Indian journal of veterinary science and animal husbandry - Volume 14,
Year: 1944
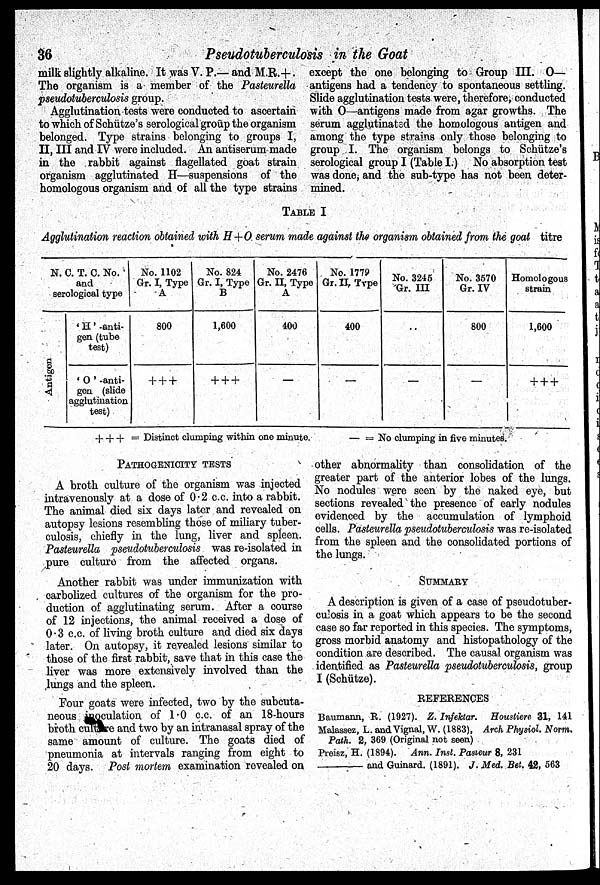
36
Pseudotuberculosis in the Goat
milk slightly alkaline. It was V. P.— and M.R.+.
The organism is a member of the Pasteurella
pseudotuberculosis group.
Agglutination tests were conducted to ascertain
to which of Schütze's serological groūp the organism
belonged. Type strains belonging to groups I,
II, III and IV were included. An antiserum made
in the rabbit against flagellated goat strain
organism agglutinated H—suspensions of the
homologous organism and of all the type strains
except the one belonging to Group III. O—
antigens had a tendency to spontaneous settling.
Slide agglutination tests were, therefore, conducted
with O—antigens made from agar growths. The
serum agglutinated the homologous antigen and
among the type strains only those belonging to
group I. The organism belongs to Schütze's
serological group I (Table I.) No absorption test
was done, and the sub-type has not been deter
mined.
TABLE I
Agglutination reaction obtained with H+O serum made against the organism obtained from the goat titre
N. C. T. C. No.
and
serological type
Antigen
' H ' anti
gen (tube
test)
' O ' -anti
gen (slide
agglutination
test)
No. 1102
Gr. I, Type
A
800
+ + +
No. 824
Gr. I, Type
B
1,600
+ + +
No. 2476
Gr. II, Type
A
400
—
No. 1779
Gr. II. Type
400
—
No. 3245
Gr. III
..
—
No. 3570
Gr. IV
800
—
Homologous
strain
1,600
+ + +
+ + + = Distinct clumping within one minute.
— = No clumping in five minutes.
PATHOGENICITY TESTS
A broth culture of the organism was injected
intravenously at a dose of 0.2 c.c. into a rabbit.
The animal died six days later and revealed on
autopsy lesions resembling those of miliary tuber
culosis, chiefly in the lung, liver and spleen.
Pasteurella pseudotuberculosis was re-isolated in
pure culture from the affected organs.
Another rabbit was under immunization with
carbolized cultures of the organism for the pro
duction of agglutinating serum. After a course
of 12 injections, the animal received a dose of
0.3 c.c. of living broth culture and died six days
later. On autopsy, it revealed lesions similar to
those of the first rabbit, save that in this case the
liver was more extensively involved than the
lungs and the spleen.
Four goats were infected, two by the subcuta
neous inoculation of 1.0 c.c. of an 18-hours
broth culture and two by an intranasal spray of the
same amount of culture. The goats died of
pneumonia at intervals ranging from eight to
20 days. Post mortem examination revealed on
other abnormality than consolidation of the
greater part of the anterior lobes of the lungs.
No nodules were seen by the naked eye, but
sections revealed the presence of early nodules
evidenced by the accumulation of lymphoid
cells. Pasteurella pseudotuberculosis was re-isolated
from the spleen and the consolidated portions of
the lungs.
SUMMARY
A description is given of a case of pseudotuber
culosis in a goat which appears to be the second
case so far reported in this species. The symptoms,
gross morbid anatomy and histopathology of the
condition are described. The causal organism was
identified as Pasteurella pseudotuberculosis, group
I (Schütze).
REFERENCES
Baumann, R. (1927). Z. Infektar. Houstiere 31, 141
Malassez, L. and Vignal, W. (1883), Arch Physiol. Norm.
Path. 2, 369 (Original not seen)
Preisz, H. (1894). Ann. Inst. Pasieur 8, 231
—
and Guinard. (1891). J. Med. Bet. 42, 563